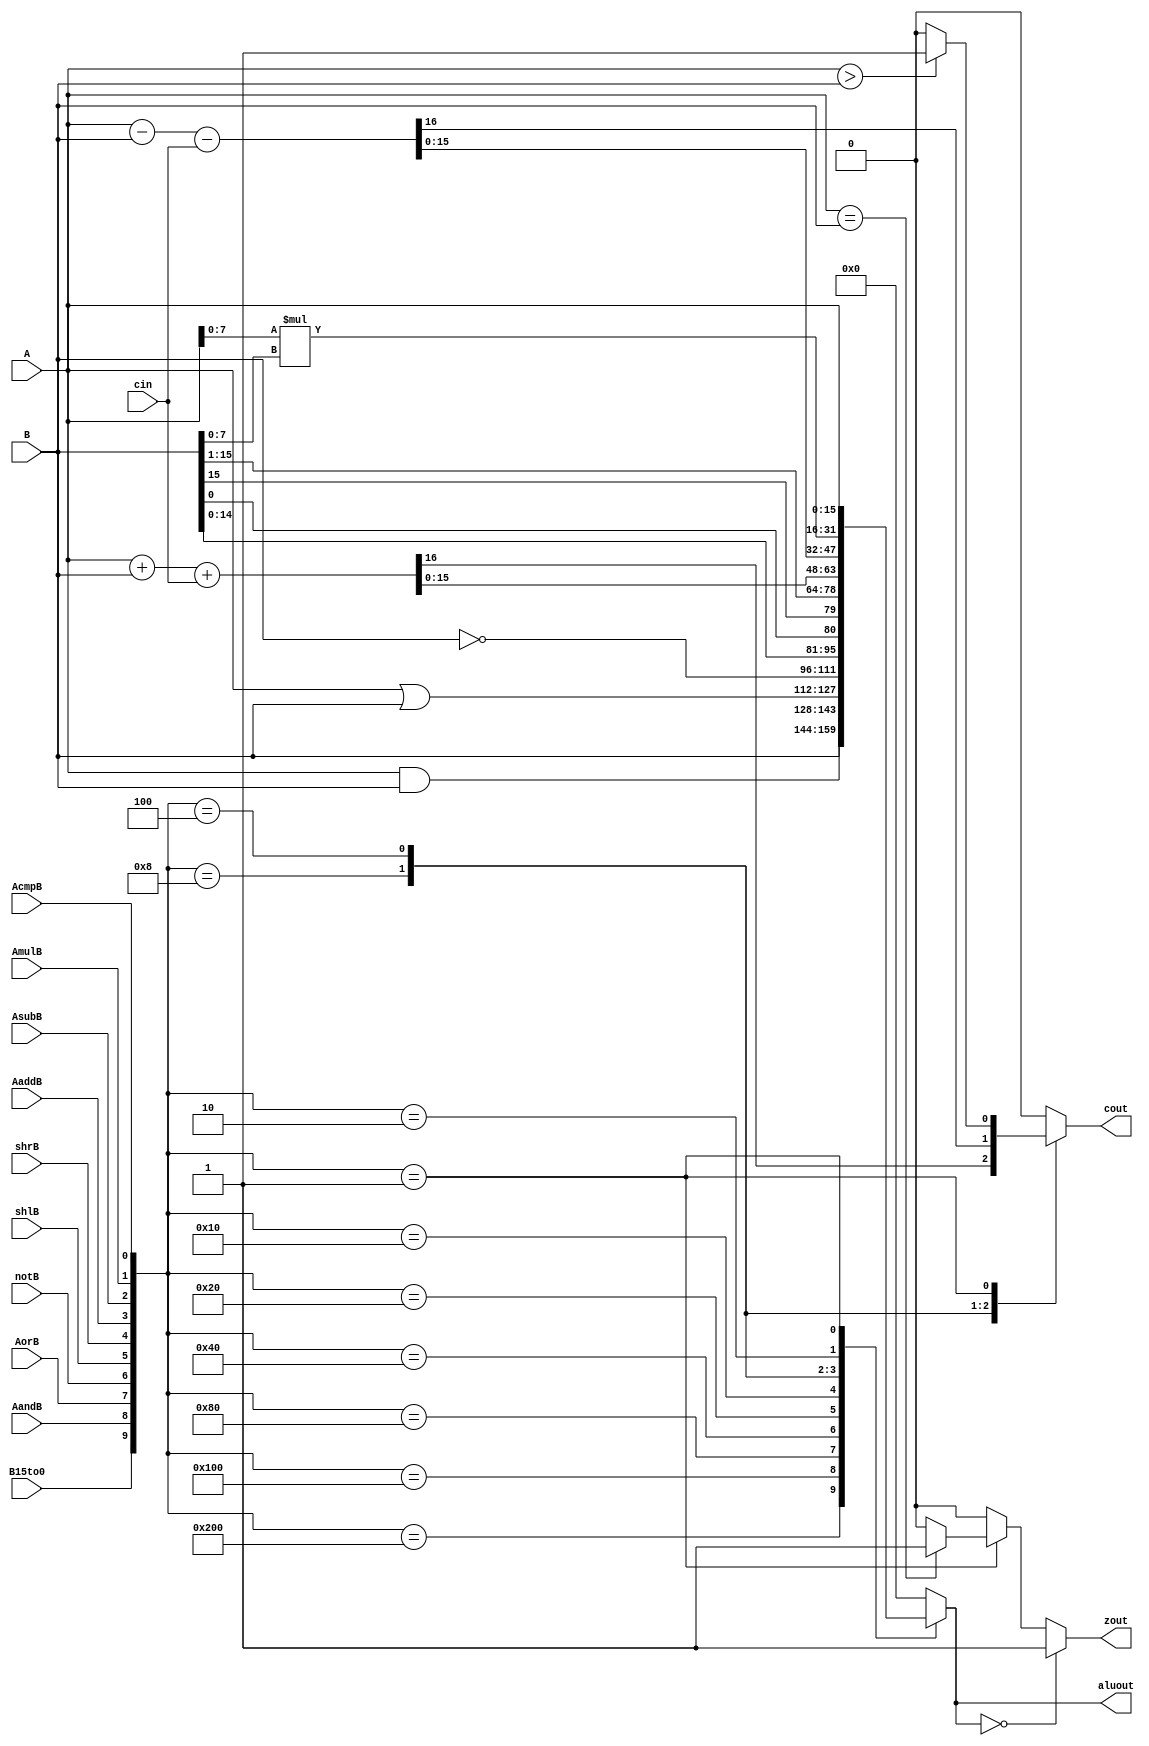
//----------------------------------------------------------------------
//--SAYEH (Simple Architecture Yet Enough Hardware) CPU
//----------------------------------------------------------------------
//Arithmetic Logic Unit (ALU)

`timescale 1 ns /1 ns

`define B15to0H 10'b1000000000
`define AandBH  10'b0100000000
`define AorBH   10'b0010000000
`define notBH   10'b0001000000
`define shlBH   10'b0000100000
`define shrBH   10'b0000010000
`define AaddBH  10'b0000001000
`define AsubBH  10'b0000000100
`define AmulBH  10'b0000000010
`define AcmpBH  10'b0000000001

module ArithmeticUnit (
	A, B, 
	B15to0, AandB, AorB, notB, shlB, shrB, AaddB, AsubB, AmulB, AcmpB,  
	aluout, cin, zout, cout
);
input [15:0] A, B;
input B15to0, AandB, AorB, notB, shlB, shrB, AaddB, AsubB, AmulB, AcmpB;
input cin;
output [15:0] aluout;
output zout, cout;
reg [15:0] aluout;
reg zout, cout;

	always @(
		A or B or B15to0 or AandB or AorB or notB or shlB or shrB or AaddB or AsubB  or AmulB  or AcmpB or cin
	) 
	begin
		zout = 0; cout = 0; aluout = 0;
		case ({B15to0, AandB, AorB, notB, shlB, shrB, AaddB, AsubB, AmulB, AcmpB})
			`B15to0H:aluout = B;
			`AandBH: aluout = A & B;
			`AorBH:  aluout = A | B;
			`notBH:  aluout = ~B;
			`shlBH:  aluout = {B[15:0], B[0]};
			`shrBH:  aluout = {B[15], B[15:1]};
			`AaddBH: {cout, aluout} = A + B + cin;
			`AsubBH:  {cout, aluout} = A - B - cin;
			`AmulBH:  aluout = A[7:0] * B[7:0];
			`AcmpBH: begin
			    aluout = A;
				if (A> B) cout = 1; else cout = 0;
				if (A==B) zout = 1; else zout = 0;
			end
			default: aluout = 0;
		endcase
		if (aluout == 0) zout = 1'b1;
    end
endmodule